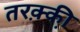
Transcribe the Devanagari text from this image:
तरक़्की़